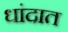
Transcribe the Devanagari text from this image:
धांदात